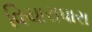
વિચારાધારા